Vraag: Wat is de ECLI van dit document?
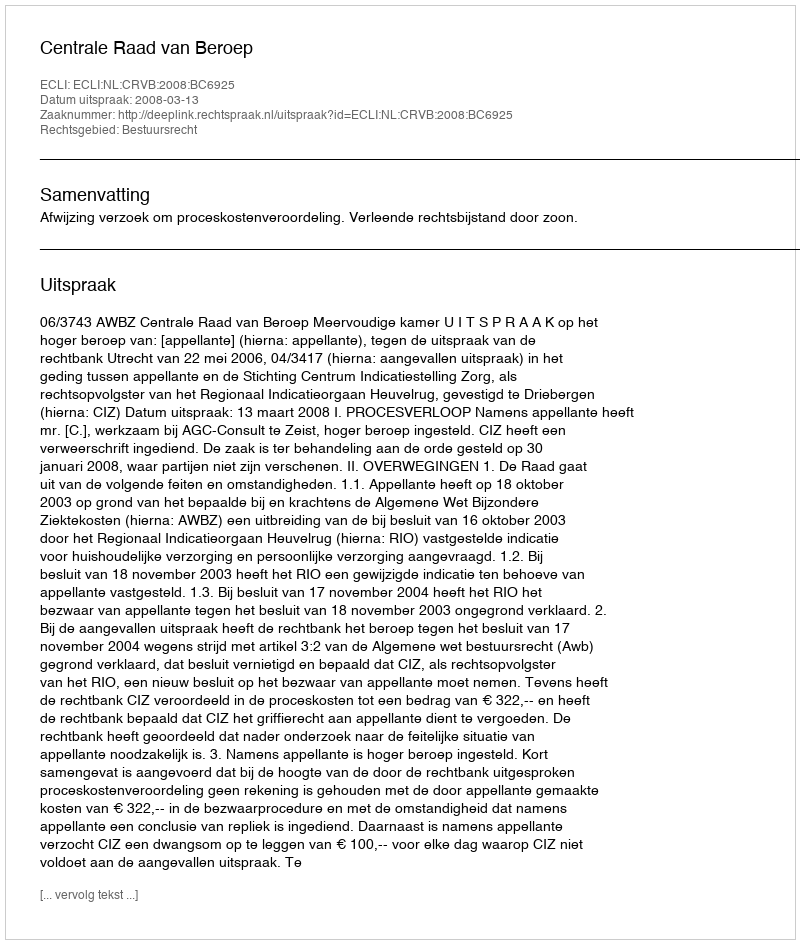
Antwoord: ECLI:NL:CRVB:2008:BC6925